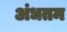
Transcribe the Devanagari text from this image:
अंधतम